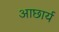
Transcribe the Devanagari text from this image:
आछार्य